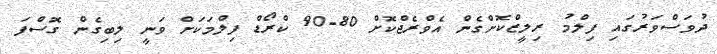
ދުވަސްވަރުގައި ފިލްމު ރިލީޒްކޮށްގެން އެވްރެޖްކޮށް 80-90 ކްރޯޑް ފިލްމަކަށް ވަނީ ލިބިގެން ގޮސްފަ